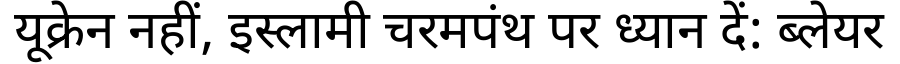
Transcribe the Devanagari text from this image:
यूक्रेन नहीं, इस्लामी चरमपंथ पर ध्यान दें: ब्लेयर